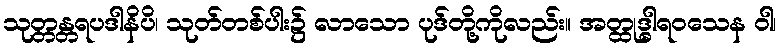
သုတ္တန္တရပဒါနိပိ၊ သုတ်တစ်ပါး၌ လာသော ပုဒ်တို့ကိုလည်း။ အတ္ထုဒ္ဓါရဝသေန ဝါ၊